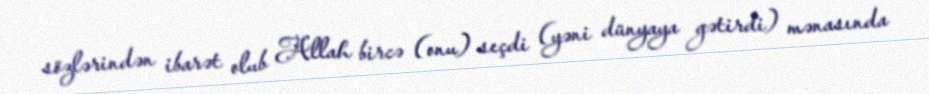
sözlərindən ibarət olub Allah bircə (onu) seçdi (yəni dünyaya gətirdi) mənasında